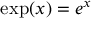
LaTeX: \exp ( x ) = e ^ { x }